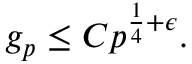
g _ { p } \leq C p ^ { { \frac { 1 } { 4 } } + \epsilon } .